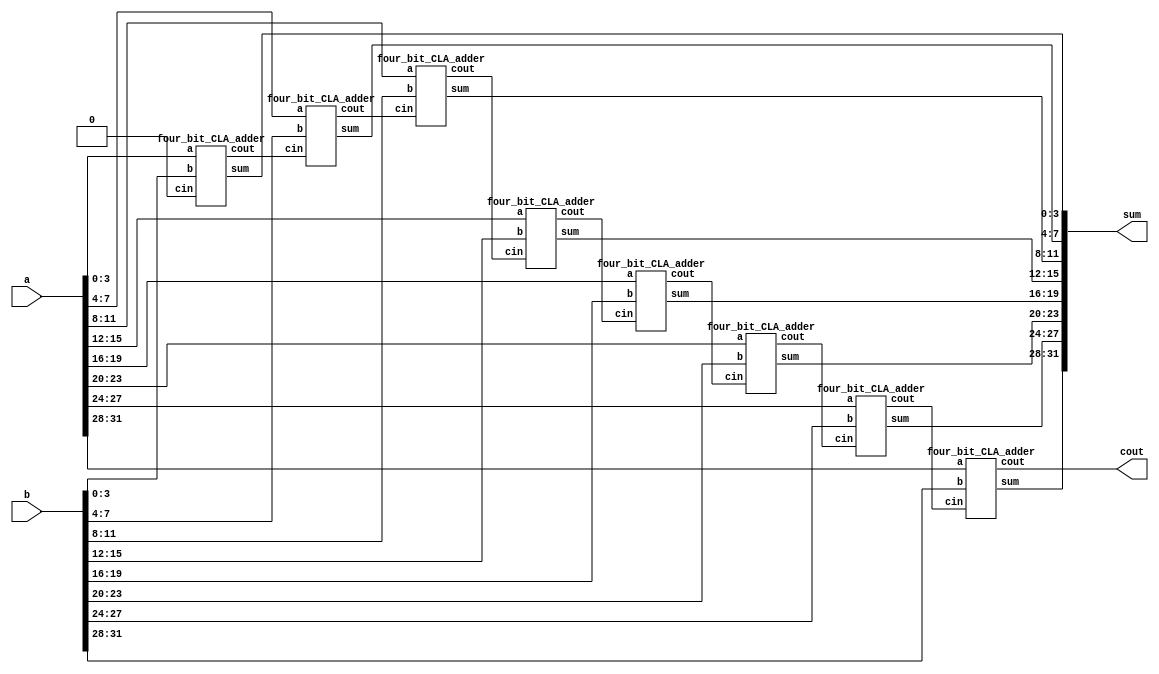
`timescale 1ns / 1ps
//////////////////////////////////////////////////////////////////////////////////
// Company: 
// Engineer: 
// 
// Design Name: 
// Module Name:    hybrid_adder 
// Project Name: 
// Target Devices: 
// Tool versions: 
// Description: 
//
// Dependencies: 
//
// Revision: 
// Revision 0.01 - File Created
// Additional Comments: 
//
//////////////////////////////////////////////////////////////////////////////////
module hybrid_adder(
    input [31:0] a,
    input [31:0] b,
    output [31:0] sum,
    output cout
    );
	 
	 wire cin = 0; //Hardcoding cin as 0
	 wire [7:0] c;			// Cout for summation of last 4 bit 
	 four_bit_CLA_adder Adder1(a[3:0], b[3:0], cin, sum[3:0], c[0]); 
	 four_bit_CLA_adder Adder2(a[7:4], b[7:4], c[0], sum[7:4], c[1]); 
	 four_bit_CLA_adder Adder3(a[11:8], b[11:8], c[1], sum[11:8], c[2]);
	 four_bit_CLA_adder Adder4(a[15:12], b[15:12], c[2], sum[15:12], c[3]);
	 four_bit_CLA_adder Adder5(a[19:16], b[19:16], c[3], sum[19:16], c[4]);
	 four_bit_CLA_adder Adder6(a[23:20], b[23:20], c[4], sum[23:20], c[5]);
	 four_bit_CLA_adder Adder7(a[27:24], b[27:24], c[5], sum[27:24], c[6]);
	 four_bit_CLA_adder Adder8(a[31:28], b[31:28], c[6], sum[31:28], cout);
	 
endmodule

module four_bit_CLA_adder(input [3:0]a, input [3:0]b, input cin, output [3:0]sum, output cout);
	 wire [3:0]G,P,C; 	// wire for generator propagator and carry
	 assign G = a&b; 		// G(generator) = a&b
	 assign P = a^b;		// p(propagator) = a ^ b
	 assign C[0] = cin; 	// C[0] = cin
	 // Calculating carry for adddition of each bit
	 assign C[1]=G[0] + (P[0]&C[0]);
	 assign C[2]=G[1] + (P[1]&G[0]) + (P[1]&P[0]&cin);
	 assign C[3]=G[2] + (P[2]&G[1]) + (P[2]&P[1]&G[0]) +  (P[2]&P[1]&P[0]&cin);
	 assign cout=G[3]+ (P[3]&G[2]) + (P[3]&P[2]&G[1]) +  (P[3]&P[2]&P[1]&G[0]) + (P[3]&P[2]&P[1]&P[0]&cin);	 
	 // sum = a ^ b ^ C(carry)
	 assign sum = P^C;
endmodule